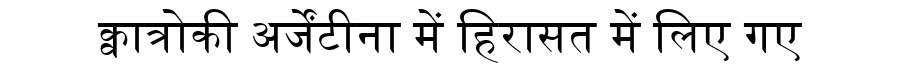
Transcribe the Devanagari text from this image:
क्वात्रोकी अर्जेंटीना में हिरासत में लिए गए